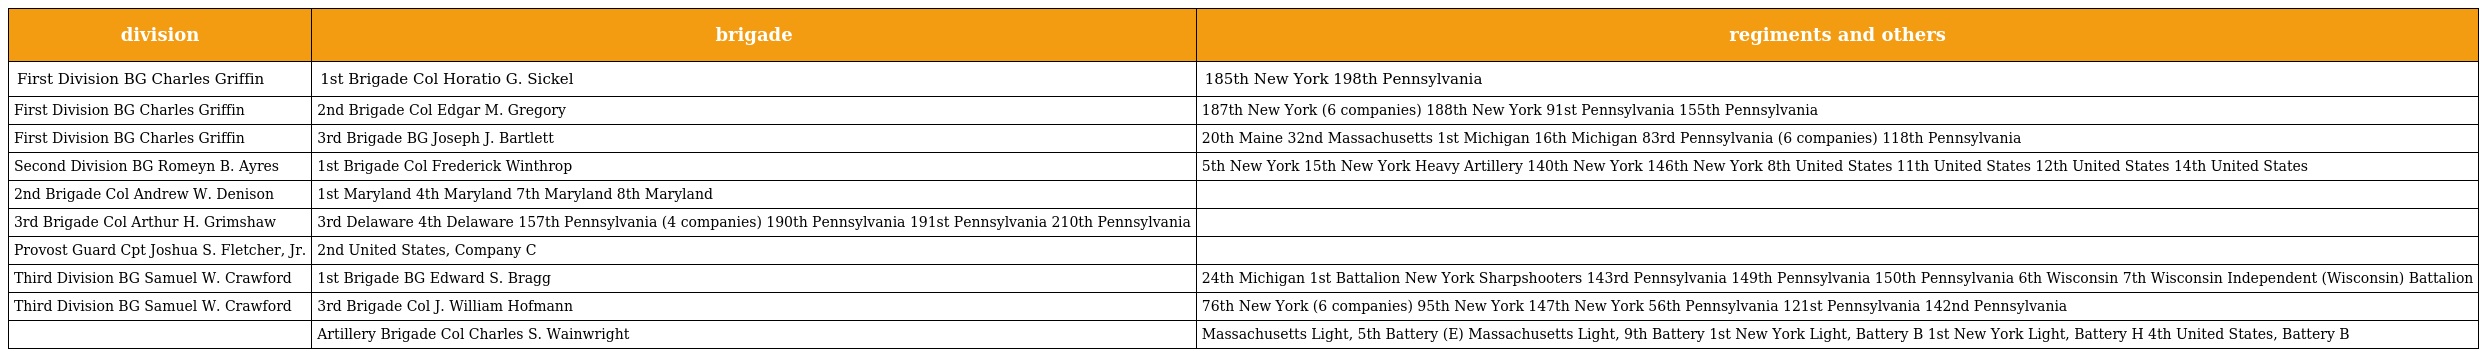
| division | brigade | regiments and others |
 | --- | --- | --- |
 | First Division BG Charles Griffin | 1st Brigade Col Horatio G. Sickel | 185th New York 198th Pennsylvania |
 | First Division BG Charles Griffin | 2nd Brigade Col Edgar M. Gregory | 187th New York (6 companies) 188th New York 91st Pennsylvania 155th Pennsylvania |
 | First Division BG Charles Griffin | 3rd Brigade BG Joseph J. Bartlett | 20th Maine 32nd Massachusetts 1st Michigan 16th Michigan 83rd Pennsylvania (6 companies) 118th Pennsylvania |
 | Second Division BG Romeyn B. Ayres | 1st Brigade Col Frederick Winthrop | 5th New York 15th New York Heavy Artillery 140th New York 146th New York 8th United States 11th United States 12th United States 14th United States |
 | 2nd Brigade Col Andrew W. Denison | 1st Maryland 4th Maryland 7th Maryland 8th Maryland |  |
 | 3rd Brigade Col Arthur H. Grimshaw | 3rd Delaware 4th Delaware 157th Pennsylvania (4 companies) 190th Pennsylvania 191st Pennsylvania 210th Pennsylvania |  |
 | Provost Guard Cpt Joshua S. Fletcher, Jr. | 2nd United States, Company C |  |
 | Third Division BG Samuel W. Crawford | 1st Brigade BG Edward S. Bragg | 24th Michigan 1st Battalion New York Sharpshooters 143rd Pennsylvania 149th Pennsylvania 150th Pennsylvania 6th Wisconsin 7th Wisconsin Independent (Wisconsin) Battalion |
 | Third Division BG Samuel W. Crawford | 3rd Brigade Col J. William Hofmann | 76th New York (6 companies) 95th New York 147th New York 56th Pennsylvania 121st Pennsylvania 142nd Pennsylvania |
 |  | Artillery Brigade Col Charles S. Wainwright | Massachusetts Light, 5th Battery (E) Massachusetts Light, 9th Battery 1st New York Light, Battery B 1st New York Light, Battery H 4th United States, Battery B |